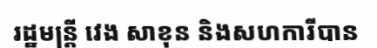
រដ្ឋមន្ត្រី វេង សាខុន និងសហការីបាន